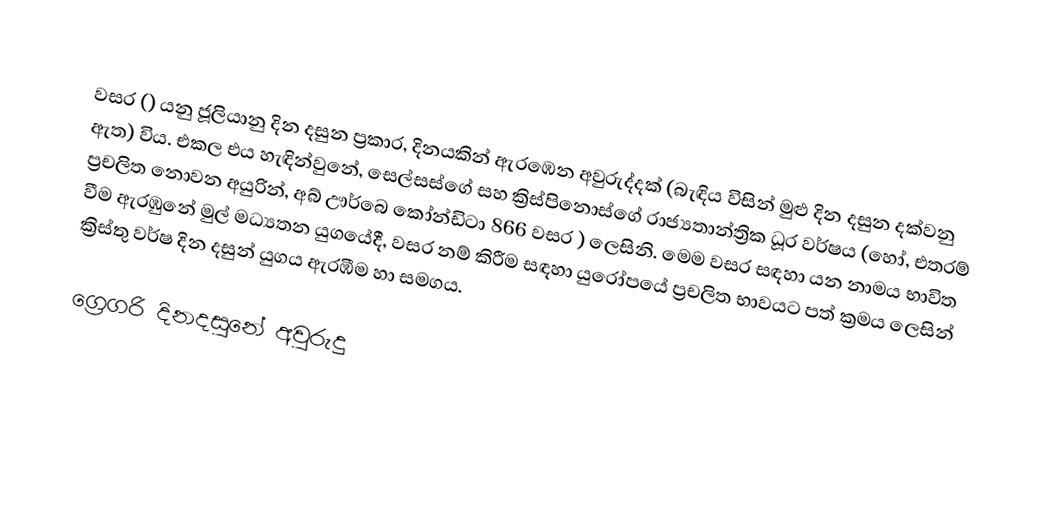

වසර   () යනු  ජූලියානු දින දසුන ප්‍රකාර,    දිනයකින් ඇරඹෙන  අවුරුද්දක්   (බැඳිය විසින් මුළු දින දසුන දක්වනු ඇත)  විය. එකල එය හැඳින්වුනේ, 	සෙල්සස්ගේ	 සහ 	ක්‍රිස්පිනොස්ගේ	  රාජ්‍යතාන්ත්‍රික  ධූර වර්ෂය  (හෝ, එතරම් ප්‍රචලිත නොවන අයුරින්,  අබ් ඌර්බෙ කෝන්ඩිටා 	866	  වසර  ) ලෙසිනි. මෙම වසර සඳහා   යන නාමය භාවිත වීම ඇරඹුනේ මුල් මධ්‍යතන යුගයේදී, වසර නම් කිරීම සඳහා යුරෝපයේ ප්‍රචලිත භාවයට පත් ක්‍රමය ලෙසින් ක්‍රිස්තු වර්ෂ දින දසුන් යුගය ඇරඹීම හා සමගය.

ග්‍රෙගරි දිනදසුනේ අවුරුදු